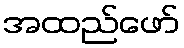
အထည်ဖော်